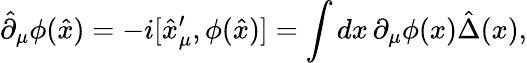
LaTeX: \hat{\partial}_{\mu}\phi(\hat{x})=-i[\hat{x}_{\mu}^{\prime},\phi(\hat{x})]=\int dx\, \partial_{\mu}\phi(x)\hat{\Delta}(x),